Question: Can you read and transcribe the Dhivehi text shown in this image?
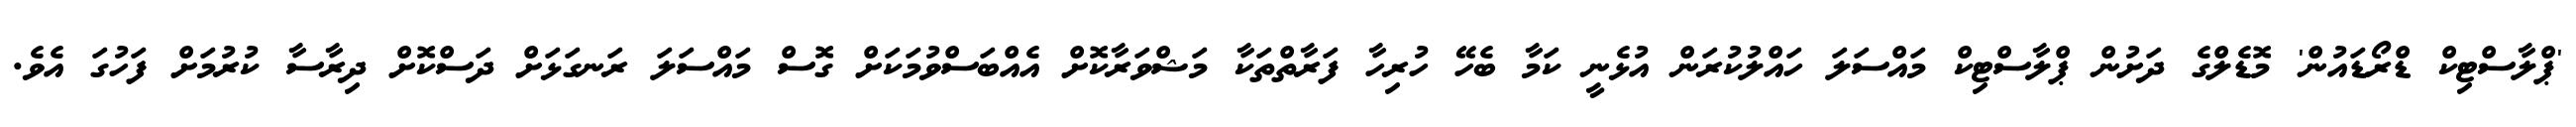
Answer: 'ޕްލާސްޓިކް ޑްރޯޑައުން' މޮޑެލްގެ ދަށުން ޕްލާސްޓިކް މައްސަލަ ހައްލުކުރަން އުޅެނީ ކަމާ ބެހޭ ހުރިހާ ފަރާތްތަކާ މަޝްވަރާކޮށް އެއްބަސްވުމަކަށް ގޮސް މައްސަލަ ރަނގަޅަށް ދަސްކޮށް ދިރާސާ ކުރުމަށް ފަހުގަ އެވެ.